Indian journal of veterinary science and animal husbandry - Volume 2,
Year: 1932
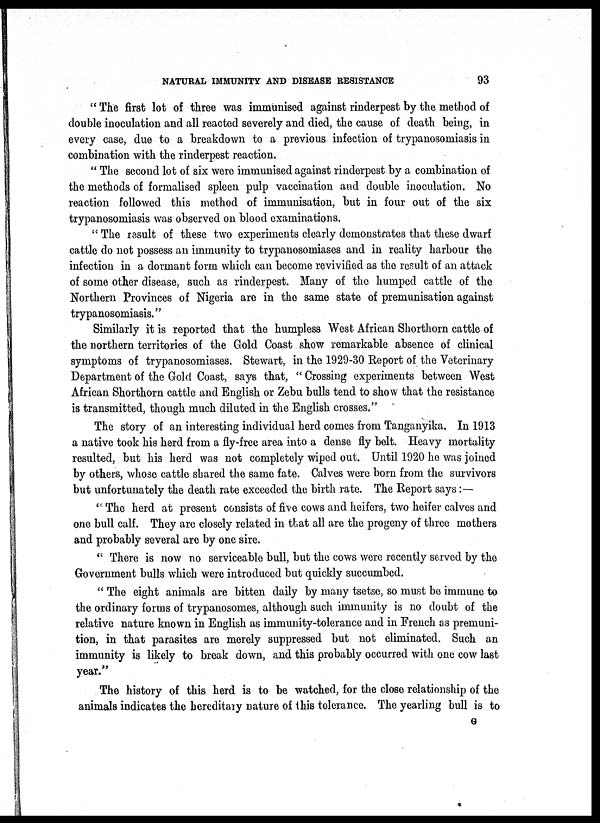
NATURAL IMMUNITY AND DISEASE RESISTANCE
93
" The first lot of three was immunised against rinderpest by the method of
double inoculation and all reacted severely and died, the cause of death being, in
every case, due to a breakdown to a previous infection of trypanosomiasis in
combination with the rinderpest reaction.
" The second lot of six were immunised against rinderpest by a combination of
the methods of formalised spleen pulp vaccination and double inoculation. No
reaction followed this method of immunisation, but in four out of the six
trypanosomiasis was observed on blood examinations.
" The result of these two experiments clearly demonstrates that these dwarf
cattle do not possess an immunity to trypanosomiases and in reality harbour the
infection in a dormant form which can become revivified as the result of an attack
of some other disease, such as rinderpest. Many of the humped cattle of the
Northern Provinces of Nigeria are in the same state of premunisation against
trypanosomiasis."
Similarly it is reported that the humpless West African Shorthorn cattle of
the northern territories of the Gold Coast show remarkable absence of clinical
symptoms of trypanosomiases. Stewart, in the 1929-30 Report of the Veterinary
Department of the Gold Coast, says that, " Crossing experiments between West
African Shorthorn cattle and English or Zebu bulls tend to show that the resistance
is transmitted, though much diluted in the English crosses."
The story of an interesting individual herd comes from Tanganyika. In 1913
a native took his herd from a fly-free area into a dense fly belt. Heavy mortality
resulted, but his herd was not completely wiped out. Until 1920 he was joined
by others, whose cattle shared the same fate. Calves were born from the survivors
but unfortunately the death rate exceeded the birth rate. The Report says :—
" The herd at present consists of five cows and heifers, two heifer calves and
one bull calf. They are closely related in that all are the progeny of three mothers
and probably several are by one sire.
" There is now no serviceable bull, but the cows were recently served by the
Government bulls which were introduced but quickly succumbed.
" The eight animals are bitten daily by many tsetse, so must be immune to
the ordinary forms of trypanosomes, although such immunity is no doubt of the
relative nature known in English as immunity-tolerance and in French as premuni¬
tion, in that parasites are merely suppressed but not eliminated. Such an
immunity is likely to break down, and this probably occurred with one cow last
year."
The history of this herd is to be watched, for the close relationship of the
animals indicates the hereditary nature of this tolerance. The yearling bull is to
G